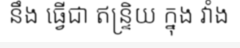
នឹង ធ្វើជា ឥន្ទ្រិយ ក្នុង វាំង